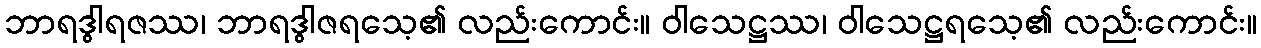
ဘာရဒွါရဇဿ၊ ဘာရဒွါဇရသေ့၏ လည်းကောင်း။ ဝါသေဋ္ဌဿ၊ ဝါသေဋ္ဌရသေ့၏ လည်းကောင်း။